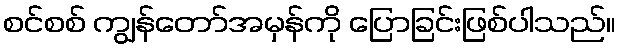
စင်စစ် ကျွန်တော်အမှန်ကို ပြောခြင်းဖြစ်ပါသည်။